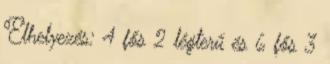
Elhelyezés: 4 fős 2 légterű és 6 fős 3